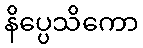
နိပ္ပေသိကော